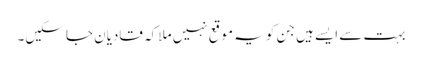
بہت سے ایسے ہیں جن کو یہ موقع نہیں ملا کہ قادیان جا سکیں۔